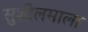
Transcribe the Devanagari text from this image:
सुशीलमाला